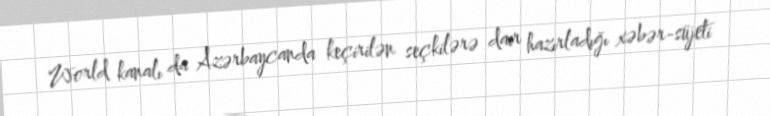
World kanalı da Azərbaycanda keçirilən seçkilərə dair hazırladığı xəbər-süjeti